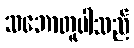
သဘောတူပါသည်